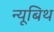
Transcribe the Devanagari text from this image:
न्यूबिथ